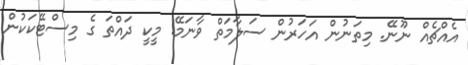
އެއްޗެއް ނޫނޭ. މިތަނުން އަހަރުން ސަލާމަތް ވާނަމޭ. މީކީ ދައްތަ ގެ މިސްޓޭކަކުން